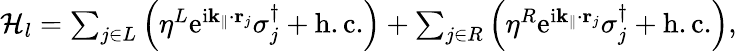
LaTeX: \begin{array}{r}{\mathcal{H}_{l}=\sum_{j\in L}\left(\eta^{L}\mathrm{e}^{\mathrm{i}\mathbf{k}_{\parallel}\cdot\mathbf{r}_{j}}\sigma_{j}^{\dagger}+\mathrm{h.c.}\right)+\sum_{j\in R}\left(\eta^{R}\mathrm{e}^{\mathrm{i}\mathbf{k}_{\parallel}\cdot\mathbf{r}_{j}}\sigma_{j}^{\dagger}+\mathrm{h.c.}\right),}\end{array}